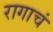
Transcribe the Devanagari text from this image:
रागाचं